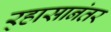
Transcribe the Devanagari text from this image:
र्‍हासानंतर